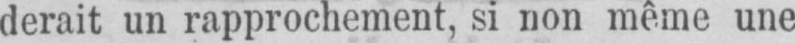
derait un rapprochement, si non même une